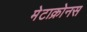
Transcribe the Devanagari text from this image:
मेटाक्रोनस